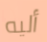
أليه